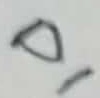
Text: D1